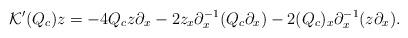
LaTeX: \begin{align*} \mathcal{K}'(Q_c)z=-4Q_cz\partial_x-2z_x\partial_x^{-1}(Q_c\partial_x)-2(Q_c)_x\partial_x^{-1}(z\partial_x). \end{align*}